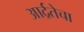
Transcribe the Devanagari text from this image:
आर्द्रतेचा